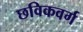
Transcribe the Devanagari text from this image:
छविकवर्ग